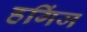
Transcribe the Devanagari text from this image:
हगिंज